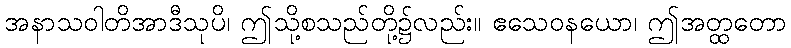
အနာသဝါတိအာဒီသုပိ၊ ဤသို့စသည်တို့၌လည်း။ ဧသေဝနယော၊ ဤအတ္ထတော